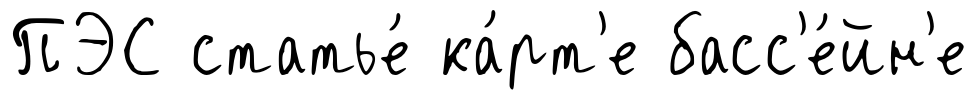
ПЭС статье́ ка́рт'е басс'е́йн'е